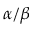
\alpha / \beta